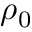
\rho _ { 0 }